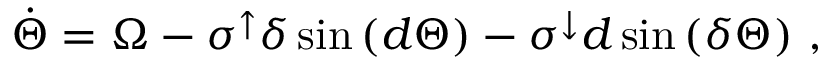
\begin{array} { r } { \dot { \Theta } = \Omega - \sigma ^ { \uparrow } \boldsymbol { \delta } \sin \left( \boldsymbol { d } \Theta \right) - \sigma ^ { \downarrow } \boldsymbol { d } \sin \left( \boldsymbol { \delta } \Theta \right) \, , } \end{array}